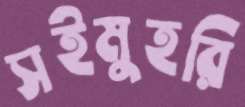
সইমুহরি